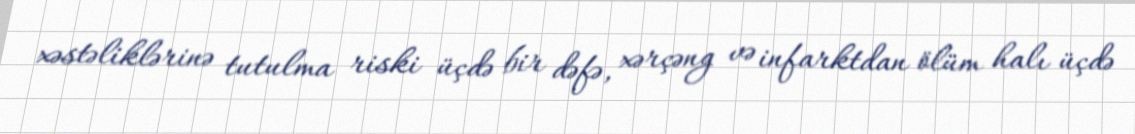
xəstəliklərinə tutulma riski üçdə bir dəfə, xərçəng və infarktdan ölüm halı üçdə